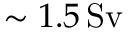
\sim 1 . 5 \, \mathrm { S v }